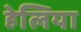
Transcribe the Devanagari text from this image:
हेलिया